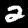
Label: 2